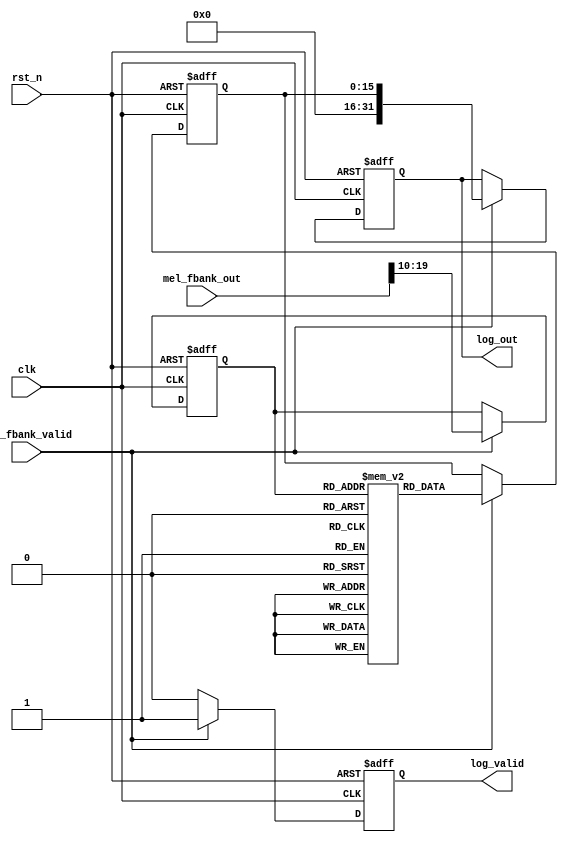
`ifndef LOGARITHM_COMP_V
`define LOGARITHM_COMP_V

module logarithm_comp (
    input wire clk,
    input wire rst_n,
    input wire [31:0] mel_fbank_out,
    input wire mel_fbank_valid,
    output reg [31:0] log_out,
    output reg log_valid
);

// Constants
localparam LUT_SIZE = 1024;  // Size of the lookup table
localparam LUT_ADDR_WIDTH = $clog2(LUT_SIZE);
localparam LUT_DATA_WIDTH = 16;  // Width of the logarithm values in the lookup table

// Logarithm lookup table
reg [LUT_DATA_WIDTH-1:0] log_lut [0:LUT_SIZE-1];

// Logarithm computation pipeline
reg [LUT_ADDR_WIDTH-1:0] lut_addr;
reg [LUT_DATA_WIDTH-1:0] lut_data;

always @(posedge clk or negedge rst_n) begin
    if (!rst_n) begin
        lut_addr <= 'h0;
        lut_data <= 'h0;
        log_out <= 32'h0;
        log_valid <= 1'b0;
    end else if (mel_fbank_valid) begin
        lut_addr <= mel_fbank_out[LUT_ADDR_WIDTH+9:10];  // Use upper bits as LUT address
        lut_data <= log_lut[lut_addr];
        log_out <= {16'h0, lut_data};  // Concatenate with zeros to form 32-bit output
        log_valid <= 1'b1;
    end else begin
        log_valid <= 1'b0;
    end
end


// Initialize logarithm lookup table
initial begin
    log_lut[0] = 16'h0000;
    log_lut[1] = 16'hAFA1;
    log_lut[2] = 16'h085A;
    log_lut[3] = 16'h3C40;
    log_lut[4] = 16'h6113;
    log_lut[5] = 16'h7DA3;
    log_lut[6] = 16'h94F9;
    log_lut[7] = 16'hA8B4;
    log_lut[8] = 16'hB9CC;
    log_lut[9] = 16'hC8DF;
    log_lut[10] = 16'hD65C;
    log_lut[11] = 16'hE28F;
    log_lut[12] = 16'hEDB2;
    log_lut[13] = 16'hF7F1;
    log_lut[14] = 16'h016D;
    log_lut[15] = 16'h0A42;
    log_lut[16] = 16'h1285;
    log_lut[17] = 16'h1A47;
    log_lut[18] = 16'h2198;
    log_lut[19] = 16'h2884;
    log_lut[20] = 16'h2F15;
    log_lut[21] = 16'h3554;
    log_lut[22] = 16'h3B48;
    log_lut[23] = 16'h40F9;
    log_lut[24] = 16'h466B;
    log_lut[25] = 16'h4BA5;
    log_lut[26] = 16'h50AA;
    log_lut[27] = 16'h557F;
    log_lut[28] = 16'h5A26;
    log_lut[29] = 16'h5EA4;
    log_lut[30] = 16'h62FB;
    log_lut[31] = 16'h672E;
    log_lut[32] = 16'h6B3E;
    log_lut[33] = 16'h6F2E;
    log_lut[34] = 16'h7300;
    log_lut[35] = 16'h76B6;
    log_lut[36] = 16'h7A51;
    log_lut[37] = 16'h7DD3;
    log_lut[38] = 16'h813D;
    log_lut[39] = 16'h8490;
    log_lut[40] = 16'h87CE;
    log_lut[41] = 16'h8AF7;
    log_lut[42] = 16'h8E0D;
    log_lut[43] = 16'h9110;
    log_lut[44] = 16'h9401;
    log_lut[45] = 16'h96E1;
    log_lut[46] = 16'h99B2;
    log_lut[47] = 16'h9C72;
    log_lut[48] = 16'h9F24;
    log_lut[49] = 16'hA1C8;
    log_lut[50] = 16'hA45E;
    log_lut[51] = 16'hA6E7;
    log_lut[52] = 16'hA963;
    log_lut[53] = 16'hABD3;
    log_lut[54] = 16'hAE38;
    log_lut[55] = 16'hB091;
    log_lut[56] = 16'hB2DF;
    log_lut[57] = 16'hB523;
    log_lut[58] = 16'hB75D;
    log_lut[59] = 16'hB98D;
    log_lut[60] = 16'hBBB4;
    log_lut[61] = 16'hBDD2;
    log_lut[62] = 16'hBFE7;
    log_lut[63] = 16'hC1F3;
    log_lut[64] = 16'hC3F7;
    log_lut[65] = 16'hC5F3;
    log_lut[66] = 16'hC7E7;
    log_lut[67] = 16'hC9D4;
    log_lut[68] = 16'hCBB9;
    log_lut[69] = 16'hCD98;
    log_lut[70] = 16'hCF6F;
    log_lut[71] = 16'hD140;
    log_lut[72] = 16'hD30A;
    log_lut[73] = 16'hD4CE;
    log_lut[74] = 16'hD68C;
    log_lut[75] = 16'hD844;
    log_lut[76] = 16'hD9F6;
    log_lut[77] = 16'hDBA2;
    log_lut[78] = 16'hDD49;
    log_lut[79] = 16'hDEEB;
    log_lut[80] = 16'hE087;
    log_lut[81] = 16'hE21E;
    log_lut[82] = 16'hE3B0;
    log_lut[83] = 16'hE53D;
    log_lut[84] = 16'hE6C6;
    log_lut[85] = 16'hE849;
    log_lut[86] = 16'hE9C9;
    log_lut[87] = 16'hEB44;
    log_lut[88] = 16'hECBA;
    log_lut[89] = 16'hEE2C;
    log_lut[90] = 16'hEF9A;
    log_lut[91] = 16'hF105;
    log_lut[92] = 16'hF26B;
    log_lut[93] = 16'hF3CD;
    log_lut[94] = 16'hF52B;
    log_lut[95] = 16'hF686;
    log_lut[96] = 16'hF7DD;
    log_lut[97] = 16'hF931;
    log_lut[98] = 16'hFA81;
    log_lut[99] = 16'hFBCE;
    log_lut[100] = 16'hFD17;
    log_lut[101] = 16'hFE5D;
    log_lut[102] = 16'hFFA0;
    log_lut[103] = 16'h00DF;
    log_lut[104] = 16'h021C;
    log_lut[105] = 16'h0356;
    log_lut[106] = 16'h048C;
    log_lut[107] = 16'h05C0;
    log_lut[108] = 16'h06F1;
    log_lut[109] = 16'h081F;
    log_lut[110] = 16'h094A;
    log_lut[111] = 16'h0A73;
    log_lut[112] = 16'h0B98;
    log_lut[113] = 16'h0CBC;
    log_lut[114] = 16'h0DDC;
    log_lut[115] = 16'h0EFB;
    log_lut[116] = 16'h1016;
    log_lut[117] = 16'h1130;
    log_lut[118] = 16'h1246;
    log_lut[119] = 16'h135B;
    log_lut[120] = 16'h146D;
    log_lut[121] = 16'h157D;
    log_lut[122] = 16'h168B;
    log_lut[123] = 16'h1796;
    log_lut[124] = 16'h18A0;
    log_lut[125] = 16'h19A7;
    log_lut[126] = 16'h1AAC;
    log_lut[127] = 16'h1BAF;
    log_lut[128] = 16'h1CB0;
    log_lut[129] = 16'h1DAF;
    log_lut[130] = 16'h1EAC;
    log_lut[131] = 16'h1FA7;
    log_lut[132] = 16'h20A0;
    log_lut[133] = 16'h2198;
    log_lut[134] = 16'h228D;
    log_lut[135] = 16'h2381;
    log_lut[136] = 16'h2473;
    log_lut[137] = 16'h2563;
    log_lut[138] = 16'h2651;
    log_lut[139] = 16'h273D;
    log_lut[140] = 16'h2828;
    log_lut[141] = 16'h2912;
    log_lut[142] = 16'h29F9;
    log_lut[143] = 16'h2ADF;
    log_lut[144] = 16'h2BC3;
    log_lut[145] = 16'h2CA6;
    log_lut[146] = 16'h2D87;
    log_lut[147] = 16'h2E67;
    log_lut[148] = 16'h2F45;
    log_lut[149] = 16'h3022;
    log_lut[150] = 16'h30FD;
    log_lut[151] = 16'h31D7;
    log_lut[152] = 16'h32AF;
    log_lut[153] = 16'h3386;
    log_lut[154] = 16'h345C;
    log_lut[155] = 16'h3530;
    log_lut[156] = 16'h3602;
    log_lut[157] = 16'h36D4;
    log_lut[158] = 16'h37A4;
    log_lut[159] = 16'h3873;
    log_lut[160] = 16'h3940;
    log_lut[161] = 16'h3A0C;
    log_lut[162] = 16'h3AD7;
    log_lut[163] = 16'h3BA1;
    log_lut[164] = 16'h3C69;
    log_lut[165] = 16'h3D30;
    log_lut[166] = 16'h3DF6;
    log_lut[167] = 16'h3EBB;
    log_lut[168] = 16'h3F7F;
    log_lut[169] = 16'h4041;
    log_lut[170] = 16'h4102;
    log_lut[171] = 16'h41C3;
    log_lut[172] = 16'h4282;
    log_lut[173] = 16'h4340;
    log_lut[174] = 16'h43FD;
    log_lut[175] = 16'h44B8;
    log_lut[176] = 16'h4573;
    log_lut[177] = 16'h462D;
    log_lut[178] = 16'h46E5;
    log_lut[179] = 16'h479D;
    log_lut[180] = 16'h4853;
    log_lut[181] = 16'h4909;
    log_lut[182] = 16'h49BE;
    log_lut[183] = 16'h4A71;
    log_lut[184] = 16'h4B24;
    log_lut[185] = 16'h4BD5;
    log_lut[186] = 16'h4C86;
    log_lut[187] = 16'h4D36;
    log_lut[188] = 16'h4DE4;
    log_lut[189] = 16'h4E92;
    log_lut[190] = 16'h4F3F;
    log_lut[191] = 16'h4FEB;
    log_lut[192] = 16'h5096;
    log_lut[193] = 16'h5140;
    log_lut[194] = 16'h51EA;
    log_lut[195] = 16'h5292;
    log_lut[196] = 16'h533A;
    log_lut[197] = 16'h53E1;
    log_lut[198] = 16'h5487;
    log_lut[199] = 16'h552C;
    log_lut[200] = 16'h55D0;
    log_lut[201] = 16'h5673;
    log_lut[202] = 16'h5716;
    log_lut[203] = 16'h57B8;
    log_lut[204] = 16'h5859;
    log_lut[205] = 16'h58F9;
    log_lut[206] = 16'h5999;
    log_lut[207] = 16'h5A37;
    log_lut[208] = 16'h5AD5;
    log_lut[209] = 16'h5B72;
    log_lut[210] = 16'h5C0F;
    log_lut[211] = 16'h5CAA;
    log_lut[212] = 16'h5D45;
    log_lut[213] = 16'h5DDF;
    log_lut[214] = 16'h5E79;
    log_lut[215] = 16'h5F12;
    log_lut[216] = 16'h5FAA;
    log_lut[217] = 16'h6041;
    log_lut[218] = 16'h60D8;
    log_lut[219] = 16'h616E;
    log_lut[220] = 16'h6203;
    log_lut[221] = 16'h6298;
    log_lut[222] = 16'h632C;
    log_lut[223] = 16'h63BF;
    log_lut[224] = 16'h6451;
    log_lut[225] = 16'h64E3;
    log_lut[226] = 16'h6575;
    log_lut[227] = 16'h6605;
    log_lut[228] = 16'h6695;
    log_lut[229] = 16'h6725;
    log_lut[230] = 16'h67B4;
    log_lut[231] = 16'h6842;
    log_lut[232] = 16'h68CF;
    log_lut[233] = 16'h695C;
    log_lut[234] = 16'h69E9;
    log_lut[235] = 16'h6A74;
    log_lut[236] = 16'h6AFF;
    log_lut[237] = 16'h6B8A;
    log_lut[238] = 16'h6C14;
    log_lut[239] = 16'h6C9D;
    log_lut[240] = 16'h6D26;
    log_lut[241] = 16'h6DAE;
    log_lut[242] = 16'h6E36;
    log_lut[243] = 16'h6EBD;
    log_lut[244] = 16'h6F44;
    log_lut[245] = 16'h6FCA;
    log_lut[246] = 16'h704F;
    log_lut[247] = 16'h70D4;
    log_lut[248] = 16'h7159;
    log_lut[249] = 16'h71DD;
    log_lut[250] = 16'h7260;
    log_lut[251] = 16'h72E3;
    log_lut[252] = 16'h7365;
    log_lut[253] = 16'h73E7;
    log_lut[254] = 16'h7468;
    log_lut[255] = 16'h74E9;
    log_lut[256] = 16'h7569;
    log_lut[257] = 16'h75E9;
    log_lut[258] = 16'h7668;
    log_lut[259] = 16'h76E7;
    log_lut[260] = 16'h7765;
    log_lut[261] = 16'h77E3;
    log_lut[262] = 16'h7860;
    log_lut[263] = 16'h78DD;
    log_lut[264] = 16'h7959;
    log_lut[265] = 16'h79D5;
    log_lut[266] = 16'h7A51;
    log_lut[267] = 16'h7ACC;
    log_lut[268] = 16'h7B46;
    log_lut[269] = 16'h7BC0;
    log_lut[270] = 16'h7C3A;
    log_lut[271] = 16'h7CB3;
    log_lut[272] = 16'h7D2C;
    log_lut[273] = 16'h7DA4;
    log_lut[274] = 16'h7E1C;
    log_lut[275] = 16'h7E93;
    log_lut[276] = 16'h7F0A;
    log_lut[277] = 16'h7F80;
    log_lut[278] = 16'h7FF7;
    log_lut[279] = 16'h806C;
    log_lut[280] = 16'h80E1;
    log_lut[281] = 16'h8156;
    log_lut[282] = 16'h81CB;
    log_lut[283] = 16'h823F;
    log_lut[284] = 16'h82B2;
    log_lut[285] = 16'h8325;
    log_lut[286] = 16'h8398;
    log_lut[287] = 16'h840B;
    log_lut[288] = 16'h847D;
    log_lut[289] = 16'h84EE;
    log_lut[290] = 16'h855F;
    log_lut[291] = 16'h85D0;
    log_lut[292] = 16'h8641;
    log_lut[293] = 16'h86B1;
    log_lut[294] = 16'h8720;
    log_lut[295] = 16'h878F;
    log_lut[296] = 16'h87FE;
    log_lut[297] = 16'h886D;
    log_lut[298] = 16'h88DB;
    log_lut[299] = 16'h8949;
    log_lut[300] = 16'h89B6;
    log_lut[301] = 16'h8A23;
    log_lut[302] = 16'h8A90;
    log_lut[303] = 16'h8AFC;
    log_lut[304] = 16'h8B68;
    log_lut[305] = 16'h8BD4;
    log_lut[306] = 16'h8C3F;
    log_lut[307] = 16'h8CAA;
    log_lut[308] = 16'h8D15;
    log_lut[309] = 16'h8D7F;
    log_lut[310] = 16'h8DE9;
    log_lut[311] = 16'h8E52;
    log_lut[312] = 16'h8EBB;
    log_lut[313] = 16'h8F24;
    log_lut[314] = 16'h8F8D;
    log_lut[315] = 16'h8FF5;
    log_lut[316] = 16'h905D;
    log_lut[317] = 16'h90C4;
    log_lut[318] = 16'h912C;
    log_lut[319] = 16'h9192;
    log_lut[320] = 16'h91F9;
    log_lut[321] = 16'h925F;
    log_lut[322] = 16'h92C5;
    log_lut[323] = 16'h932B;
    log_lut[324] = 16'h9390;
    log_lut[325] = 16'h93F5;
    log_lut[326] = 16'h945A;
    log_lut[327] = 16'h94BE;
    log_lut[328] = 16'h9522;
    log_lut[329] = 16'h9586;
    log_lut[330] = 16'h95E9;
    log_lut[331] = 16'h964C;
    log_lut[332] = 16'h96AF;
    log_lut[333] = 16'h9712;
    log_lut[334] = 16'h9774;
    log_lut[335] = 16'h97D6;
    log_lut[336] = 16'h9838;
    log_lut[337] = 16'h9899;
    log_lut[338] = 16'h98FA;
    log_lut[339] = 16'h995B;
    log_lut[340] = 16'h99BC;
    log_lut[341] = 16'h9A1C;
    log_lut[342] = 16'h9A7C;
    log_lut[343] = 16'h9ADB;
    log_lut[344] = 16'h9B3B;
    log_lut[345] = 16'h9B9A;
    log_lut[346] = 16'h9BF9;
    log_lut[347] = 16'h9C57;
    log_lut[348] = 16'h9CB6;
    log_lut[349] = 16'h9D14;
    log_lut[350] = 16'h9D71;
    log_lut[351] = 16'h9DCF;
    log_lut[352] = 16'h9E2C;
    log_lut[353] = 16'h9E89;
    log_lut[354] = 16'h9EE6;
    log_lut[355] = 16'h9F42;
    log_lut[356] = 16'h9F9E;
    log_lut[357] = 16'h9FFA;
    log_lut[358] = 16'hA056;
    log_lut[359] = 16'hA0B1;
    log_lut[360] = 16'hA10D;
    log_lut[361] = 16'hA167;
    log_lut[362] = 16'hA1C2;
    log_lut[363] = 16'hA21C;
    log_lut[364] = 16'hA277;
    log_lut[365] = 16'hA2D0;
    log_lut[366] = 16'hA32A;
    log_lut[367] = 16'hA384;
    log_lut[368] = 16'hA3DD;
    log_lut[369] = 16'hA436;
    log_lut[370] = 16'hA48E;
    log_lut[371] = 16'hA4E7;
    log_lut[372] = 16'hA53F;
    log_lut[373] = 16'hA597;
    log_lut[374] = 16'hA5EF;
    log_lut[375] = 16'hA646;
    log_lut[376] = 16'hA69D;
    log_lut[377] = 16'hA6F4;
    log_lut[378] = 16'hA74B;
    log_lut[379] = 16'hA7A2;
    log_lut[380] = 16'hA7F8;
    log_lut[381] = 16'hA84E;
    log_lut[382] = 16'hA8A4;
    log_lut[383] = 16'hA8FA;
    log_lut[384] = 16'hA94F;
    log_lut[385] = 16'hA9A5;
    log_lut[386] = 16'hA9FA;
    log_lut[387] = 16'hAA4E;
    log_lut[388] = 16'hAAA3;
    log_lut[389] = 16'hAAF7;
    log_lut[390] = 16'hAB4B;
    log_lut[391] = 16'hAB9F;
    log_lut[392] = 16'hABF3;
    log_lut[393] = 16'hAC46;
    log_lut[394] = 16'hAC9A;
    log_lut[395] = 16'hACED;
    log_lut[396] = 16'hAD40;
    log_lut[397] = 16'hAD92;
    log_lut[398] = 16'hADE5;
    log_lut[399] = 16'hAE37;
    log_lut[400] = 16'hAE89;
    log_lut[401] = 16'hAEDB;
    log_lut[402] = 16'hAF2C;
    log_lut[403] = 16'hAF7E;
    log_lut[404] = 16'hAFCF;
    log_lut[405] = 16'hB020;
    log_lut[406] = 16'hB071;
    log_lut[407] = 16'hB0C1;
    log_lut[408] = 16'hB112;
    log_lut[409] = 16'hB162;
    log_lut[410] = 16'hB1B2;
    log_lut[411] = 16'hB202;
    log_lut[412] = 16'hB252;
    log_lut[413] = 16'hB2A1;
    log_lut[414] = 16'hB2F0;
    log_lut[415] = 16'hB33F;
    log_lut[416] = 16'hB38E;
    log_lut[417] = 16'hB3DD;
    log_lut[418] = 16'hB42B;
    log_lut[419] = 16'hB47A;
    log_lut[420] = 16'hB4C8;
    log_lut[421] = 16'hB516;
    log_lut[422] = 16'hB563;
    log_lut[423] = 16'hB5B1;
    log_lut[424] = 16'hB5FE;
    log_lut[425] = 16'hB64C;
    log_lut[426] = 16'hB699;
    log_lut[427] = 16'hB6E5;
    log_lut[428] = 16'hB732;
    log_lut[429] = 16'hB77E;
    log_lut[430] = 16'hB7CB;
    log_lut[431] = 16'hB817;
    log_lut[432] = 16'hB863;
    log_lut[433] = 16'hB8AF;
    log_lut[434] = 16'hB8FA;
    log_lut[435] = 16'hB946;
    log_lut[436] = 16'hB991;
    log_lut[437] = 16'hB9DC;
    log_lut[438] = 16'hBA27;
    log_lut[439] = 16'hBA72;
    log_lut[440] = 16'hBABC;
    log_lut[441] = 16'hBB06;
    log_lut[442] = 16'hBB51;
    log_lut[443] = 16'hBB9B;
    log_lut[444] = 16'hBBE5;
    log_lut[445] = 16'hBC2E;
    log_lut[446] = 16'hBC78;
    log_lut[447] = 16'hBCC1;
    log_lut[448] = 16'hBD0B;
    log_lut[449] = 16'hBD54;
    log_lut[450] = 16'hBD9C;
    log_lut[451] = 16'hBDE5;
    log_lut[452] = 16'hBE2E;
    log_lut[453] = 16'hBE76;
    log_lut[454] = 16'hBEBE;
    log_lut[455] = 16'hBF07;
    log_lut[456] = 16'hBF4F;
    log_lut[457] = 16'hBF96;
    log_lut[458] = 16'hBFDE;
    log_lut[459] = 16'hC025;
    log_lut[460] = 16'hC06D;
    log_lut[461] = 16'hC0B4;
    log_lut[462] = 16'hC0FB;
    log_lut[463] = 16'hC142;
    log_lut[464] = 16'hC188;
    log_lut[465] = 16'hC1CF;
    log_lut[466] = 16'hC215;
    log_lut[467] = 16'hC25C;
    log_lut[468] = 16'hC2A2;
    log_lut[469] = 16'hC2E8;
    log_lut[470] = 16'hC32D;
    log_lut[471] = 16'hC373;
    log_lut[472] = 16'hC3B9;
    log_lut[473] = 16'hC3FE;
    log_lut[474] = 16'hC443;
    log_lut[475] = 16'hC488;
    log_lut[476] = 16'hC4CD;
    log_lut[477] = 16'hC512;
    log_lut[478] = 16'hC556;
    log_lut[479] = 16'hC59B;
    log_lut[480] = 16'hC5DF;
    log_lut[481] = 16'hC623;
    log_lut[482] = 16'hC668;
    log_lut[483] = 16'hC6AB;
    log_lut[484] = 16'hC6EF;
    log_lut[485] = 16'hC733;
    log_lut[486] = 16'hC776;
    log_lut[487] = 16'hC7BA;
    log_lut[488] = 16'hC7FD;
    log_lut[489] = 16'hC840;
    log_lut[490] = 16'hC883;
    log_lut[491] = 16'hC8C6;
    log_lut[492] = 16'hC908;
    log_lut[493] = 16'hC94B;
    log_lut[494] = 16'hC98D;
    log_lut[495] = 16'hC9D0;
    log_lut[496] = 16'hCA12;
    log_lut[497] = 16'hCA54;
    log_lut[498] = 16'hCA96;
    log_lut[499] = 16'hCAD7;
    log_lut[500] = 16'hCB19;
    log_lut[501] = 16'hCB5A;
    log_lut[502] = 16'hCB9C;
    log_lut[503] = 16'hCBDD;
    log_lut[504] = 16'hCC1E;
    log_lut[505] = 16'hCC5F;
    log_lut[506] = 16'hCCA0;
    log_lut[507] = 16'hCCE1;
    log_lut[508] = 16'hCD21;
    log_lut[509] = 16'hCD62;
    log_lut[510] = 16'hCDA2;
    log_lut[511] = 16'hCDE2;
    log_lut[512] = 16'hCE22;
    log_lut[513] = 16'hCE62;
    log_lut[514] = 16'hCEA2;
    log_lut[515] = 16'hCEE2;
    log_lut[516] = 16'hCF21;
    log_lut[517] = 16'hCF61;
    log_lut[518] = 16'hCFA0;
    log_lut[519] = 16'hCFDF;
    log_lut[520] = 16'hD01E;
    log_lut[521] = 16'hD05D;
    log_lut[522] = 16'hD09C;
    log_lut[523] = 16'hD0DB;
    log_lut[524] = 16'hD119;
    log_lut[525] = 16'hD158;
    log_lut[526] = 16'hD196;
    log_lut[527] = 16'hD1D4;
    log_lut[528] = 16'hD212;
    log_lut[529] = 16'hD250;
    log_lut[530] = 16'hD28E;
    log_lut[531] = 16'hD2CC;
    log_lut[532] = 16'hD30A;
    log_lut[533] = 16'hD347;
    log_lut[534] = 16'hD385;
    log_lut[535] = 16'hD3C2;
    log_lut[536] = 16'hD3FF;
    log_lut[537] = 16'hD43C;
    log_lut[538] = 16'hD479;
    log_lut[539] = 16'hD4B6;
    log_lut[540] = 16'hD4F3;
    log_lut[541] = 16'hD52F;
    log_lut[542] = 16'hD56C;
    log_lut[543] = 16'hD5A8;
    log_lut[544] = 16'hD5E5;
    log_lut[545] = 16'hD621;
    log_lut[546] = 16'hD65D;
    log_lut[547] = 16'hD699;
    log_lut[548] = 16'hD6D5;
    log_lut[549] = 16'hD710;
    log_lut[550] = 16'hD74C;
    log_lut[551] = 16'hD788;
    log_lut[552] = 16'hD7C3;
    log_lut[553] = 16'hD7FE;
    log_lut[554] = 16'hD83A;
    log_lut[555] = 16'hD875;
    log_lut[556] = 16'hD8B0;
    log_lut[557] = 16'hD8EA;
    log_lut[558] = 16'hD925;
    log_lut[559] = 16'hD960;
    log_lut[560] = 16'hD99A;
    log_lut[561] = 16'hD9D5;
    log_lut[562] = 16'hDA0F;
    log_lut[563] = 16'hDA4A;
    log_lut[564] = 16'hDA84;
    log_lut[565] = 16'hDABE;
    log_lut[566] = 16'hDAF8;
    log_lut[567] = 16'hDB32;
    log_lut[568] = 16'hDB6B;
    log_lut[569] = 16'hDBA5;
    log_lut[570] = 16'hDBDE;
    log_lut[571] = 16'hDC18;
    log_lut[572] = 16'hDC51;
    log_lut[573] = 16'hDC8A;
    log_lut[574] = 16'hDCC4;
    log_lut[575] = 16'hDCFD;
    log_lut[576] = 16'hDD36;
    log_lut[577] = 16'hDD6E;
    log_lut[578] = 16'hDDA7;
    log_lut[579] = 16'hDDE0;
    log_lut[580] = 16'hDE18;
    log_lut[581] = 16'hDE51;
    log_lut[582] = 16'hDE89;
    log_lut[583] = 16'hDEC1;
    log_lut[584] = 16'hDEFA;
    log_lut[585] = 16'hDF32;
    log_lut[586] = 16'hDF6A;
    log_lut[587] = 16'hDFA1;
    log_lut[588] = 16'hDFD9;
    log_lut[589] = 16'hE011;
    log_lut[590] = 16'hE049;
    log_lut[591] = 16'hE080;
    log_lut[592] = 16'hE0B7;
    log_lut[593] = 16'hE0EF;
    log_lut[594] = 16'hE126;
    log_lut[595] = 16'hE15D;
    log_lut[596] = 16'hE194;
    log_lut[597] = 16'hE1CB;
    log_lut[598] = 16'hE202;
    log_lut[599] = 16'hE239;
    log_lut[600] = 16'hE26F;
    log_lut[601] = 16'hE2A6;
    log_lut[602] = 16'hE2DC;
    log_lut[603] = 16'hE313;
    log_lut[604] = 16'hE349;
    log_lut[605] = 16'hE37F;
    log_lut[606] = 16'hE3B5;
    log_lut[607] = 16'hE3EB;
    log_lut[608] = 16'hE421;
    log_lut[609] = 16'hE457;
    log_lut[610] = 16'hE48D;
    log_lut[611] = 16'hE4C3;
    log_lut[612] = 16'hE4F8;
    log_lut[613] = 16'hE52E;
    log_lut[614] = 16'hE563;
    log_lut[615] = 16'hE598;
    log_lut[616] = 16'hE5CE;
    log_lut[617] = 16'hE603;
    log_lut[618] = 16'hE638;
    log_lut[619] = 16'hE66D;
    log_lut[620] = 16'hE6A2;
    log_lut[621] = 16'hE6D7;
    log_lut[622] = 16'hE70B;
    log_lut[623] = 16'hE740;
    log_lut[624] = 16'hE774;
    log_lut[625] = 16'hE7A9;
    log_lut[626] = 16'hE7DD;
    log_lut[627] = 16'hE812;
    log_lut[628] = 16'hE846;
    log_lut[629] = 16'hE87A;
    log_lut[630] = 16'hE8AE;
    log_lut[631] = 16'hE8E2;
    log_lut[632] = 16'hE916;
    log_lut[633] = 16'hE94A;
    log_lut[634] = 16'hE97D;
    log_lut[635] = 16'hE9B1;
    log_lut[636] = 16'hE9E5;
    log_lut[637] = 16'hEA18;
    log_lut[638] = 16'hEA4B;
    log_lut[639] = 16'hEA7F;
    log_lut[640] = 16'hEAB2;
    log_lut[641] = 16'hEAE5;
    log_lut[642] = 16'hEB18;
    log_lut[643] = 16'hEB4B;
    log_lut[644] = 16'hEB7E;
    log_lut[645] = 16'hEBB1;
    log_lut[646] = 16'hEBE4;
    log_lut[647] = 16'hEC16;
    log_lut[648] = 16'hEC49;
    log_lut[649] = 16'hEC7C;
    log_lut[650] = 16'hECAE;
    log_lut[651] = 16'hECE0;
    log_lut[652] = 16'hED13;
    log_lut[653] = 16'hED45;
    log_lut[654] = 16'hED77;
    log_lut[655] = 16'hEDA9;
    log_lut[656] = 16'hEDDB;
    log_lut[657] = 16'hEE0D;
    log_lut[658] = 16'hEE3F;
    log_lut[659] = 16'hEE71;
    log_lut[660] = 16'hEEA2;
    log_lut[661] = 16'hEED4;
    log_lut[662] = 16'hEF06;
    log_lut[663] = 16'hEF37;
    log_lut[664] = 16'hEF68;
    log_lut[665] = 16'hEF9A;
    log_lut[666] = 16'hEFCB;
    log_lut[667] = 16'hEFFC;
    log_lut[668] = 16'hF02D;
    log_lut[669] = 16'hF05E;
    log_lut[670] = 16'hF08F;
    log_lut[671] = 16'hF0C0;
    log_lut[672] = 16'hF0F1;
    log_lut[673] = 16'hF122;
    log_lut[674] = 16'hF152;
    log_lut[675] = 16'hF183;
    log_lut[676] = 16'hF1B3;
    log_lut[677] = 16'hF1E4;
    log_lut[678] = 16'hF214;
    log_lut[679] = 16'hF244;
    log_lut[680] = 16'hF275;
    log_lut[681] = 16'hF2A5;
    log_lut[682] = 16'hF2D5;
    log_lut[683] = 16'hF305;
    log_lut[684] = 16'hF335;
    log_lut[685] = 16'hF365;
    log_lut[686] = 16'hF394;
    log_lut[687] = 16'hF3C4;
    log_lut[688] = 16'hF3F4;
    log_lut[689] = 16'hF423;
    log_lut[690] = 16'hF453;
    log_lut[691] = 16'hF482;
    log_lut[692] = 16'hF4B2;
    log_lut[693] = 16'hF4E1;
    log_lut[694] = 16'hF510;
    log_lut[695] = 16'hF540;
    log_lut[696] = 16'hF56F;
    log_lut[697] = 16'hF59E;
    log_lut[698] = 16'hF5CD;
    log_lut[699] = 16'hF5FC;
    log_lut[700] = 16'hF62A;
    log_lut[701] = 16'hF659;
    log_lut[702] = 16'hF688;
    log_lut[703] = 16'hF6B7;
    log_lut[704] = 16'hF6E5;
    log_lut[705] = 16'hF714;
    log_lut[706] = 16'hF742;
    log_lut[707] = 16'hF771;
    log_lut[708] = 16'hF79F;
    log_lut[709] = 16'hF7CD;
    log_lut[710] = 16'hF7FB;
    log_lut[711] = 16'hF829;
    log_lut[712] = 16'hF857;
    log_lut[713] = 16'hF885;
    log_lut[714] = 16'hF8B3;
    log_lut[715] = 16'hF8E1;
    log_lut[716] = 16'hF90F;
    log_lut[717] = 16'hF93D;
    log_lut[718] = 16'hF96A;
    log_lut[719] = 16'hF998;
    log_lut[720] = 16'hF9C6;
    log_lut[721] = 16'hF9F3;
    log_lut[722] = 16'hFA20;
    log_lut[723] = 16'hFA4E;
    log_lut[724] = 16'hFA7B;
    log_lut[725] = 16'hFAA8;
    log_lut[726] = 16'hFAD5;
    log_lut[727] = 16'hFB03;
    log_lut[728] = 16'hFB30;
    log_lut[729] = 16'hFB5D;
    log_lut[730] = 16'hFB8A;
    log_lut[731] = 16'hFBB6;
    log_lut[732] = 16'hFBE3;
    log_lut[733] = 16'hFC10;
    log_lut[734] = 16'hFC3D;
    log_lut[735] = 16'hFC69;
    log_lut[736] = 16'hFC96;
    log_lut[737] = 16'hFCC2;
    log_lut[738] = 16'hFCEF;
    log_lut[739] = 16'hFD1B;
    log_lut[740] = 16'hFD47;
    log_lut[741] = 16'hFD74;
    log_lut[742] = 16'hFDA0;
    log_lut[743] = 16'hFDCC;
    log_lut[744] = 16'hFDF8;
    log_lut[745] = 16'hFE24;
    log_lut[746] = 16'hFE50;
    log_lut[747] = 16'hFE7C;
    log_lut[748] = 16'hFEA8;
    log_lut[749] = 16'hFED3;
    log_lut[750] = 16'hFEFF;
    log_lut[751] = 16'hFF2B;
    log_lut[752] = 16'hFF56;
    log_lut[753] = 16'hFF82;
    log_lut[754] = 16'hFFAE;
    log_lut[755] = 16'hFFD9;
    log_lut[756] = 16'h0004;
    log_lut[757] = 16'h0030;
    log_lut[758] = 16'h005B;
    log_lut[759] = 16'h0086;
    log_lut[760] = 16'h00B1;
    log_lut[761] = 16'h00DC;
    log_lut[762] = 16'h0107;
    log_lut[763] = 16'h0132;
    log_lut[764] = 16'h015D;
    log_lut[765] = 16'h0188;
    log_lut[766] = 16'h01B3;
    log_lut[767] = 16'h01DE;
    log_lut[768] = 16'h0208;
    log_lut[769] = 16'h0233;
    log_lut[770] = 16'h025E;
    log_lut[771] = 16'h0288;
    log_lut[772] = 16'h02B3;
    log_lut[773] = 16'h02DD;
    log_lut[774] = 16'h0307;
    log_lut[775] = 16'h0332;
    log_lut[776] = 16'h035C;
    log_lut[777] = 16'h0386;
    log_lut[778] = 16'h03B0;
    log_lut[779] = 16'h03DA;
    log_lut[780] = 16'h0404;
    log_lut[781] = 16'h042E;
    log_lut[782] = 16'h0458;
    log_lut[783] = 16'h0482;
    log_lut[784] = 16'h04AC;
    log_lut[785] = 16'h04D6;
    log_lut[786] = 16'h04FF;
    log_lut[787] = 16'h0529;
    log_lut[788] = 16'h0553;
    log_lut[789] = 16'h057C;
    log_lut[790] = 16'h05A6;
    log_lut[791] = 16'h05CF;
    log_lut[792] = 16'h05F9;
    log_lut[793] = 16'h0622;
    log_lut[794] = 16'h064B;
    log_lut[795] = 16'h0675;
    log_lut[796] = 16'h069E;
    log_lut[797] = 16'h06C7;
    log_lut[798] = 16'h06F0;
    log_lut[799] = 16'h0719;
    log_lut[800] = 16'h0742;
    log_lut[801] = 16'h076B;
    log_lut[802] = 16'h0794;
    log_lut[803] = 16'h07BD;
    log_lut[804] = 16'h07E5;
    log_lut[805] = 16'h080E;
    log_lut[806] = 16'h0837;
    log_lut[807] = 16'h085F;
    log_lut[808] = 16'h0888;
    log_lut[809] = 16'h08B1;
    log_lut[810] = 16'h08D9;
    log_lut[811] = 16'h0902;
    log_lut[812] = 16'h092A;
    log_lut[813] = 16'h0952;
    log_lut[814] = 16'h097A;
    log_lut[815] = 16'h09A3;
    log_lut[816] = 16'h09CB;
    log_lut[817] = 16'h09F3;
    log_lut[818] = 16'h0A1B;
    log_lut[819] = 16'h0A43;
    log_lut[820] = 16'h0A6B;
    log_lut[821] = 16'h0A93;
    log_lut[822] = 16'h0ABB;
    log_lut[823] = 16'h0AE3;
    log_lut[824] = 16'h0B0B;
    log_lut[825] = 16'h0B32;
    log_lut[826] = 16'h0B5A;
    log_lut[827] = 16'h0B82;
    log_lut[828] = 16'h0BA9;
    log_lut[829] = 16'h0BD1;
    log_lut[830] = 16'h0BF8;
    log_lut[831] = 16'h0C20;
    log_lut[832] = 16'h0C47;
    log_lut[833] = 16'h0C6F;
    log_lut[834] = 16'h0C96;
    log_lut[835] = 16'h0CBD;
    log_lut[836] = 16'h0CE4;
    log_lut[837] = 16'h0D0C;
    log_lut[838] = 16'h0D33;
    log_lut[839] = 16'h0D5A;
    log_lut[840] = 16'h0D81;
    log_lut[841] = 16'h0DA8;
    log_lut[842] = 16'h0DCF;
    log_lut[843] = 16'h0DF6;
    log_lut[844] = 16'h0E1C;
    log_lut[845] = 16'h0E43;
    log_lut[846] = 16'h0E6A;
    log_lut[847] = 16'h0E91;
    log_lut[848] = 16'h0EB7;
    log_lut[849] = 16'h0EDE;
    log_lut[850] = 16'h0F05;
    log_lut[851] = 16'h0F2B;
    log_lut[852] = 16'h0F52;
    log_lut[853] = 16'h0F78;
    log_lut[854] = 16'h0F9E;
    log_lut[855] = 16'h0FC5;
    log_lut[856] = 16'h0FEB;
    log_lut[857] = 16'h1011;
    log_lut[858] = 16'h1038;
    log_lut[859] = 16'h105E;
    log_lut[860] = 16'h1084;
    log_lut[861] = 16'h10AA;
    log_lut[862] = 16'h10D0;
    log_lut[863] = 16'h10F6;
    log_lut[864] = 16'h111C;
    log_lut[865] = 16'h1142;
    log_lut[866] = 16'h1168;
    log_lut[867] = 16'h118D;
    log_lut[868] = 16'h11B3;
    log_lut[869] = 16'h11D9;
    log_lut[870] = 16'h11FF;
    log_lut[871] = 16'h1224;
    log_lut[872] = 16'h124A;
    log_lut[873] = 16'h126F;
    log_lut[874] = 16'h1295;
    log_lut[875] = 16'h12BA;
    log_lut[876] = 16'h12E0;
    log_lut[877] = 16'h1305;
    log_lut[878] = 16'h132B;
    log_lut[879] = 16'h1350;
    log_lut[880] = 16'h1375;
    log_lut[881] = 16'h139A;
    log_lut[882] = 16'h13C0;
    log_lut[883] = 16'h13E5;
    log_lut[884] = 16'h140A;
    log_lut[885] = 16'h142F;
    log_lut[886] = 16'h1454;
    log_lut[887] = 16'h1479;
    log_lut[888] = 16'h149E;
    log_lut[889] = 16'h14C3;
    log_lut[890] = 16'h14E7;
    log_lut[891] = 16'h150C;
    log_lut[892] = 16'h1531;
    log_lut[893] = 16'h1556;
    log_lut[894] = 16'h157A;
    log_lut[895] = 16'h159F;
    log_lut[896] = 16'h15C4;
    log_lut[897] = 16'h15E8;
    log_lut[898] = 16'h160D;
    log_lut[899] = 16'h1631;
    log_lut[900] = 16'h1656;
    log_lut[901] = 16'h167A;
    log_lut[902] = 16'h169E;
    log_lut[903] = 16'h16C3;
    log_lut[904] = 16'h16E7;
    log_lut[905] = 16'h170B;
    log_lut[906] = 16'h172F;
    log_lut[907] = 16'h1753;
    log_lut[908] = 16'h1778;
    log_lut[909] = 16'h179C;
    log_lut[910] = 16'h17C0;
    log_lut[911] = 16'h17E4;
    log_lut[912] = 16'h1808;
    log_lut[913] = 16'h182B;
    log_lut[914] = 16'h184F;
    log_lut[915] = 16'h1873;
    log_lut[916] = 16'h1897;
    log_lut[917] = 16'h18BB;
    log_lut[918] = 16'h18DE;
    log_lut[919] = 16'h1902;
    log_lut[920] = 16'h1926;
    log_lut[921] = 16'h1949;
    log_lut[922] = 16'h196D;
    log_lut[923] = 16'h1990;
    log_lut[924] = 16'h19B4;
    log_lut[925] = 16'h19D7;
    log_lut[926] = 16'h19FB;
    log_lut[927] = 16'h1A1E;
    log_lut[928] = 16'h1A41;
    log_lut[929] = 16'h1A65;
    log_lut[930] = 16'h1A88;
    log_lut[931] = 16'h1AAB;
    log_lut[932] = 16'h1ACE;
    log_lut[933] = 16'h1AF2;
    log_lut[934] = 16'h1B15;
    log_lut[935] = 16'h1B38;
    log_lut[936] = 16'h1B5B;
    log_lut[937] = 16'h1B7E;
    log_lut[938] = 16'h1BA1;
    log_lut[939] = 16'h1BC4;
    log_lut[940] = 16'h1BE6;
    log_lut[941] = 16'h1C09;
    log_lut[942] = 16'h1C2C;
    log_lut[943] = 16'h1C4F;
    log_lut[944] = 16'h1C72;
    log_lut[945] = 16'h1C94;
    log_lut[946] = 16'h1CB7;
    log_lut[947] = 16'h1CDA;
    log_lut[948] = 16'h1CFC;
    log_lut[949] = 16'h1D1F;
    log_lut[950] = 16'h1D41;
    log_lut[951] = 16'h1D64;
    log_lut[952] = 16'h1D86;
    log_lut[953] = 16'h1DA9;
    log_lut[954] = 16'h1DCB;
    log_lut[955] = 16'h1DED;
    log_lut[956] = 16'h1E10;
    log_lut[957] = 16'h1E32;
    log_lut[958] = 16'h1E54;
    log_lut[959] = 16'h1E76;
    log_lut[960] = 16'h1E98;
    log_lut[961] = 16'h1EBA;
    log_lut[962] = 16'h1EDD;
    log_lut[963] = 16'h1EFF;
    log_lut[964] = 16'h1F21;
    log_lut[965] = 16'h1F43;
    log_lut[966] = 16'h1F64;
    log_lut[967] = 16'h1F86;
    log_lut[968] = 16'h1FA8;
    log_lut[969] = 16'h1FCA;
    log_lut[970] = 16'h1FEC;
    log_lut[971] = 16'h200E;
    log_lut[972] = 16'h202F;
    log_lut[973] = 16'h2051;
    log_lut[974] = 16'h2073;
    log_lut[975] = 16'h2094;
    log_lut[976] = 16'h20B6;
    log_lut[977] = 16'h20D8;
    log_lut[978] = 16'h20F9;
    log_lut[979] = 16'h211B;
    log_lut[980] = 16'h213C;
    log_lut[981] = 16'h215D;
    log_lut[982] = 16'h217F;
    log_lut[983] = 16'h21A0;
    log_lut[984] = 16'h21C1;
    log_lut[985] = 16'h21E3;
    log_lut[986] = 16'h2204;
    log_lut[987] = 16'h2225;
    log_lut[988] = 16'h2246;
    log_lut[989] = 16'h2268;
    log_lut[990] = 16'h2289;
    log_lut[991] = 16'h22AA;
    log_lut[992] = 16'h22CB;
    log_lut[993] = 16'h22EC;
    log_lut[994] = 16'h230D;
    log_lut[995] = 16'h232E;
    log_lut[996] = 16'h234F;
    log_lut[997] = 16'h2370;
    log_lut[998] = 16'h2390;
    log_lut[999] = 16'h23B1;
    log_lut[1000] = 16'h23D2;
    log_lut[1001] = 16'h23F3;
    log_lut[1002] = 16'h2413;
    log_lut[1003] = 16'h2434;
    log_lut[1004] = 16'h2455;
    log_lut[1005] = 16'h2475;
    log_lut[1006] = 16'h2496;
    log_lut[1007] = 16'h24B7;
    log_lut[1008] = 16'h24D7;
    log_lut[1009] = 16'h24F8;
    log_lut[1010] = 16'h2518;
    log_lut[1011] = 16'h2538;
    log_lut[1012] = 16'h2559;
    log_lut[1013] = 16'h2579;
    log_lut[1014] = 16'h259A;
    log_lut[1015] = 16'h25BA;
    log_lut[1016] = 16'h25DA;
    log_lut[1017] = 16'h25FA;
    log_lut[1018] = 16'h261B;
    log_lut[1019] = 16'h263B;
    log_lut[1020] = 16'h265B;
    log_lut[1021] = 16'h267B;
    log_lut[1022] = 16'h269B;
    log_lut[1023] = 16'h26BB;
end


endmodule
`endif